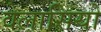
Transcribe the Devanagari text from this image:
वेलासियो